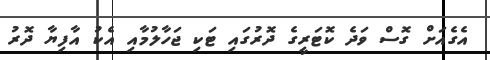
އެގެއަށް ގޮސް ވަދެ ކޮޓަރީގެ ދޮރުގައި ޓަކި ޖަހާލުމާއި އެކު އާފިޔާ ދޮރު